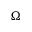
\Omega